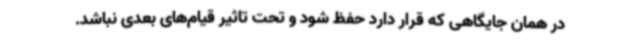
در همان جایگاهی که قرار دارد حفظ شود و تحت تاثیر قیام‌های بعدی نباشد.